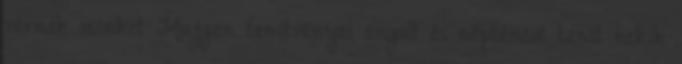
várnak minket Mujgan tanítványai angolt és néptáncot tanít nekik